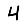
Digit: 4